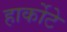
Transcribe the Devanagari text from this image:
हार्कोटे